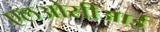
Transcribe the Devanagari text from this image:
एलओसीआई